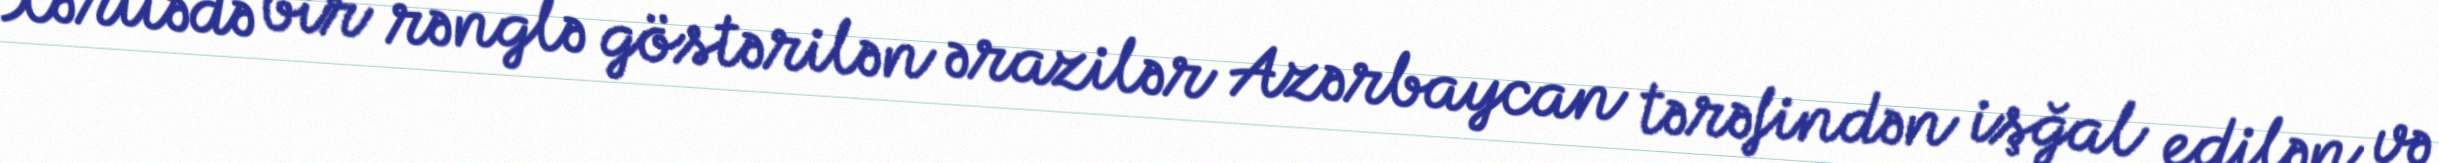
Xəritədə bir rənglə göstərilən ərazilər Azərbaycan tərəfindən işğal edilən və